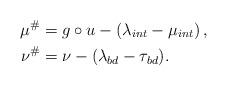
LaTeX: \begin{align*} \mu^{\#} & = g\circ u - (\lambda_{int} -\mu_{int})\,,\\ \nu^{\#} & = \nu - (\lambda_{bd} - \tau_{bd}). \end{align*}